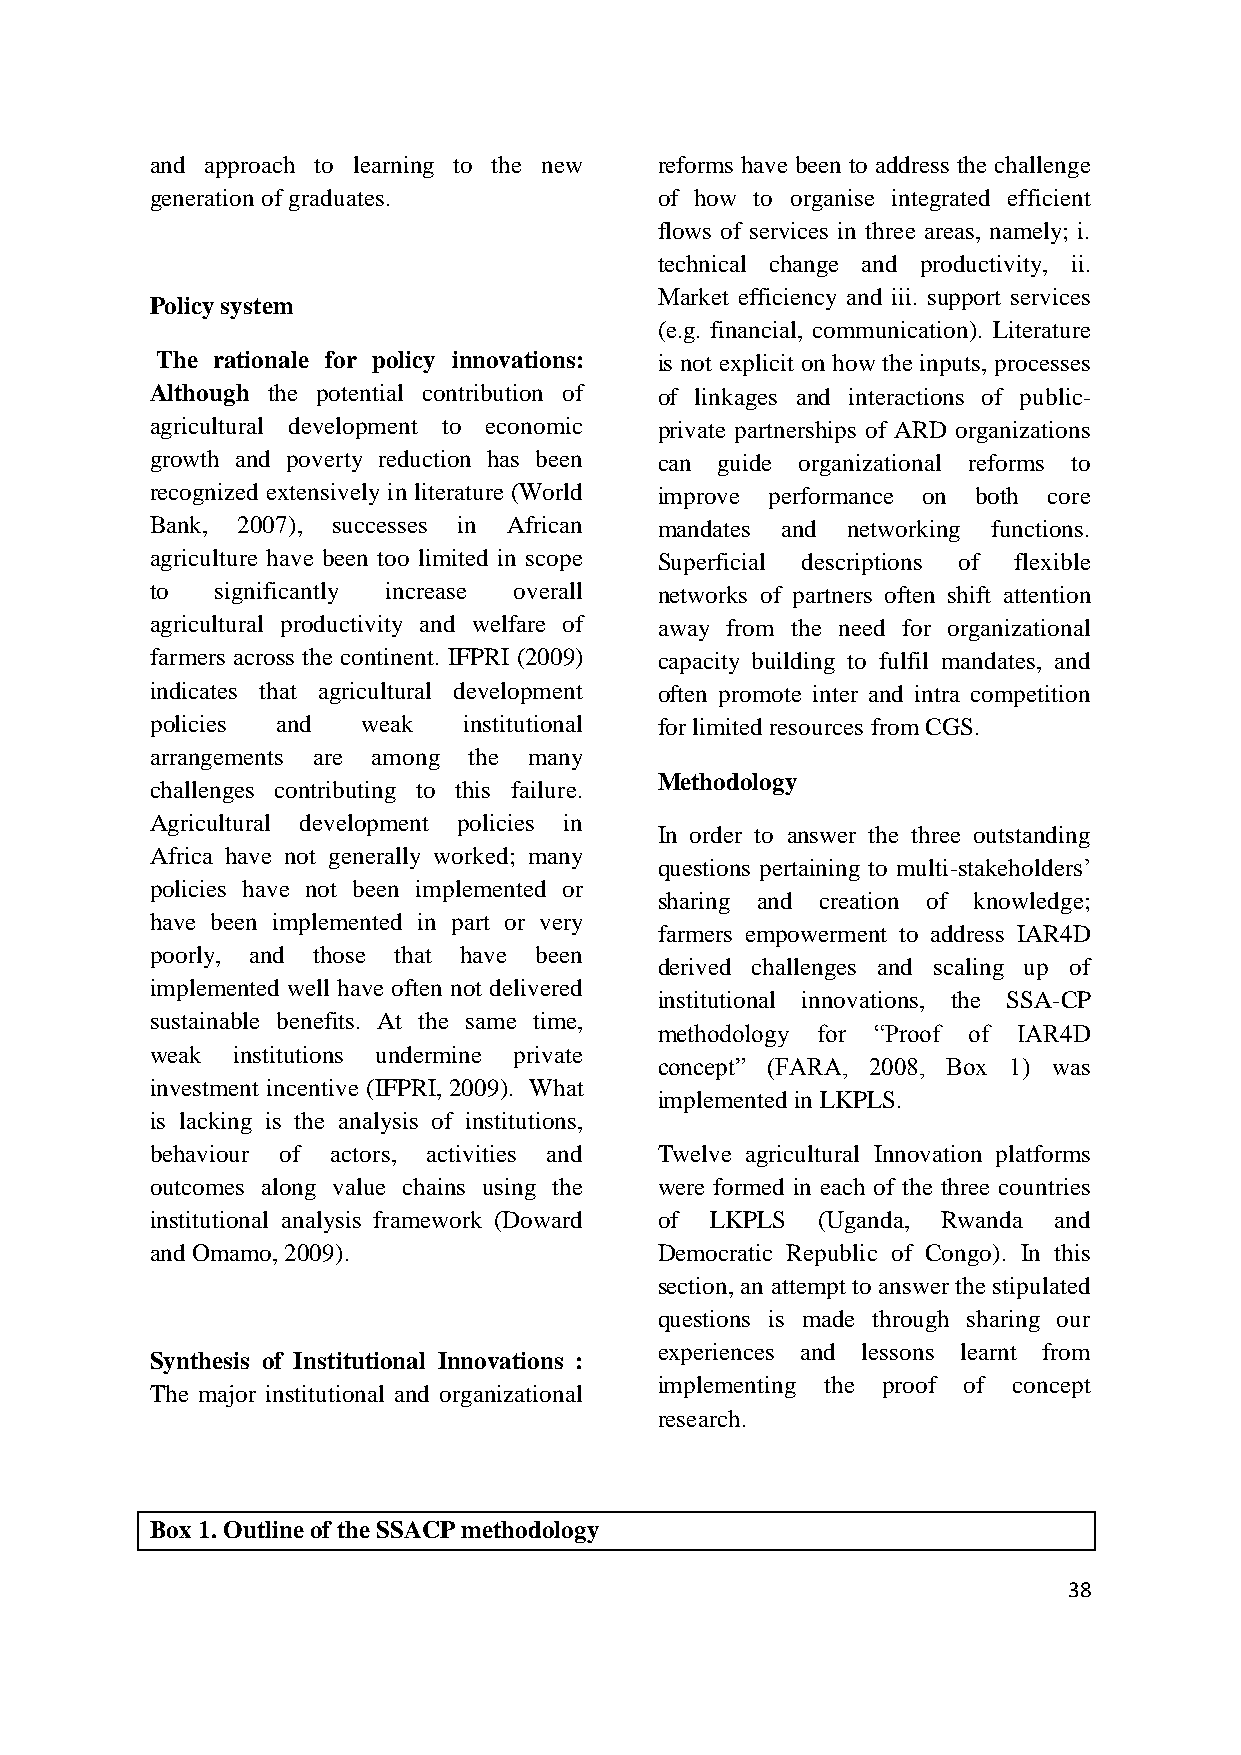
and approach to learning to the new reforms have been to address the challenge
 generation of graduates.          of how to organise integrated efficient
 flows of services in three areas, namely; i.
 technical change and productivity, ii.
 Market efficiency and iii. support services
 Policy system
 (e.g. financial, communication). Literature
 The rationale for policy innovations: is not explicit on how the inputs, processes
 Although the potential contribution of of linkages and interactions of public-
 agricultural development to economic private partnerships of ARD organizations
 growth and poverty reduction has been can guide organizational reforms to
 recognized extensively in literature (World improve performance on both core
 Bank, 2007), successes in African mandates and networking functions.
 agriculture have been too limited in scope Superficial descriptions of flexible
 to  significantly increase overall networks of partners often shift attention
 agricultural productivity and welfare of away from the need for organizational
 farmers across the continent. IFPRI (2009) capacity building to fulfil mandates, and
 indicates that agricultural development often promote inter and intra competition
 policies and  weak   institutional for limited resources from CGS.
 arrangements are among the many
 Methodology
 challenges contributing to this failure.
 Agricultural development policies in
 In order to answer the three outstanding
 Africa have not generally worked; many
 questions pertaining to multi-stakeholders‟
 policies have not been implemented or
 sharing and creation of knowledge;
 have been implemented in part or very
 farmers empowerment to address IAR4D
 poorly, and those that have been
 derived challenges and scaling up of
 implemented well have often not delivered
 institutional innovations, the SSA-CP
 sustainable benefits. At the same time,
 methodology for “Proof of IAR4D
 weak institutions undermine private
 concept” (FARA, 2008, Box 1) was
 investment incentive (IFPRI, 2009). What
 implemented in LKPLS.
 is lacking is the analysis of institutions,
 behaviour of actors, activities and Twelve agricultural Innovation platforms
 outcomes along value chains using the were formed in each of the three countries
 institutional analysis framework (Doward of LKPLS (Uganda, Rwanda and
 and Omamo, 2009).                 Democratic Republic of Congo). In this
 section, an attempt to answer the stipulated
 questions is made through sharing our
 experiences and lessons learnt from
 Synthesis of Institutional Innovations :
 implementing the proof of concept
 The major institutional and organizational
 research.
 Box 1. Outline of the SSACP methodology
 38